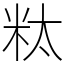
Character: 粏